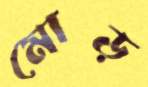
মোড়